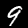
Label: 9